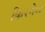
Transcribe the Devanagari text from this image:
किरनेश